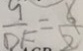
\frac { 9 } { D F } = \frac { 6 } { 2 }